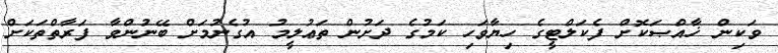
ވަކިން ޚާއްޞަކޮށް ފެކަލްޓީގެ ހިޔާވަހި ކަމުގެ ދަށުން ތަޢުލީމު އުގެނުމަށް ބޭނުންވާ ފަރާތްތަކަށް